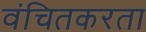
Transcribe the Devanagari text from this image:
वंचितकरता